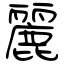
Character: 麗